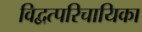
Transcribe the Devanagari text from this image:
विद्वत्परिचायिका